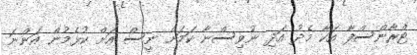
ޓްރާންސްފާ އަކާ މެދު އަދި ނުވިސްނާ ކަމަށް ނީސް އަށް ކުޅެމުން އަންނަ